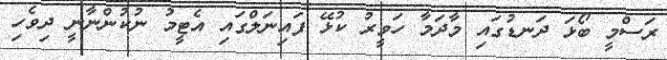
ރަސްމީ ބޯޅަ ދަނޑުގައި މާދަމާ ހަވީރު ކުޅޭ ފައިނަލްގައި އެޓީމު ނުކުންނާނީ ދިވެހި